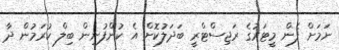
ނަމަށް ފެން މީޓަރުގެ ރަޖިސްޓްރީ ބަދަލުކޮށް އެ ކުންފުނިން ބިލް ކުރަމުން ދާ